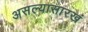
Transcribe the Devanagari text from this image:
असल्यासारखं